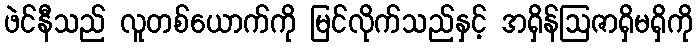
ဖဲင်နီသည် လူတစ်ယောက်ကို မြင်လိုက်သည်နှင့် အရှိန်ဩဇာရှိမရှိကို